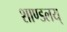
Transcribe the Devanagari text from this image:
शाण्डलय्